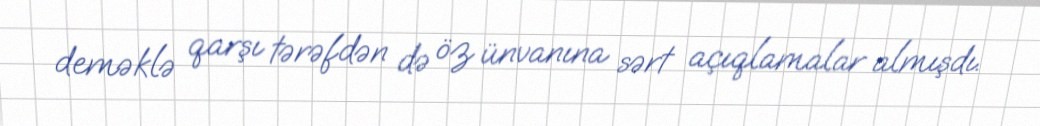
deməklə qarşı tərəfdən də öz ünvanına sərt açıqlamalar almışdı.